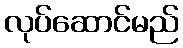
လုပ်ဆောင်မည်